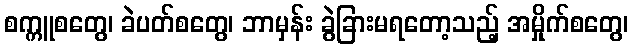
စက္ကူစတွေ၊ ခဲပတ်စတွေ၊ ဘာမှန်း ခွဲခြားမရတော့သည့် အမှိုက်စတွေ၊